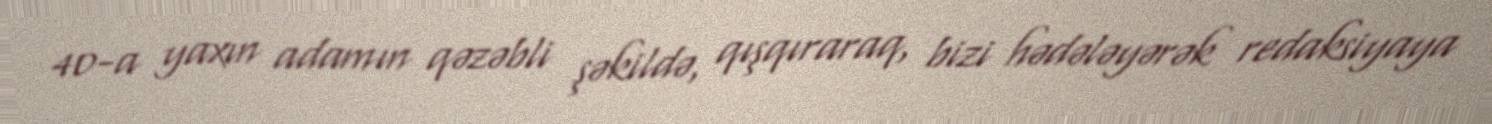
40-a yaxın adamın qəzəbli şəkildə, qışqıraraq, bizi hədələyərək redaksiyaya